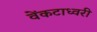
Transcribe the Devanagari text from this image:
वेंकटाध्वरी